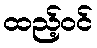
ထည့်ဝင်